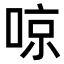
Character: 𠶛